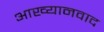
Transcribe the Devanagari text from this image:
आख्यानवाद